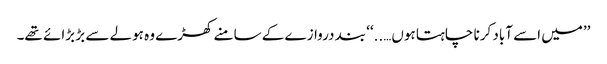
’’میں اسے آباد کرنا چاہتا ہوں…..‘‘ بند دروازے کے سامنے کھڑے وہ ہولے سے بڑ بڑائے تھے۔